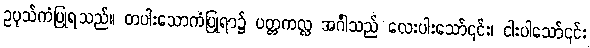
ဥပုသ်ကံပြုရသည်။ တပါးသောကံပြုရာ၌ ပတ္တကလ္လ အင်္ဂါသည် လေးပါးသော်၎င်း၊ ငါးပါသော်၎င်း